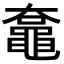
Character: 𪓡